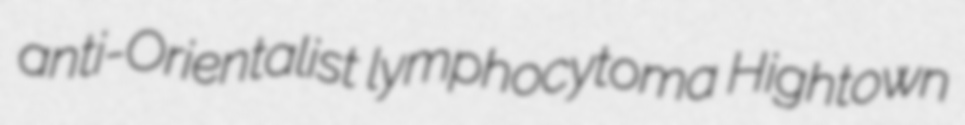
anti-Orientalist lymphocytoma Hightown